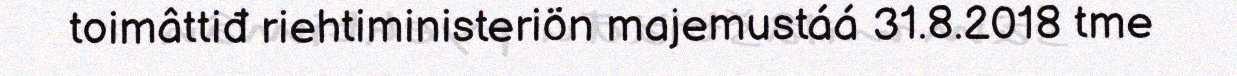
toimâttiđ riehtiministeriön majemustáá 31.8.2018 tme